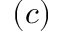
( c )